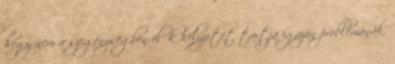
hogy nem a szegénységben élők helyzetét tartja igazán problémának.